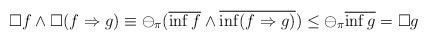
LaTeX: \begin{align*} \Box f \wedge \Box (f\Rightarrow g) \equiv \ominus_\pi(\overline{\inf f} \wedge \overline{\inf (f\Rightarrow g)}) \leq \ominus_\pi \overline{\inf g} =\Box g\end{align*}